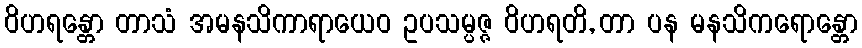
ဝိဟရန္တော တာသံ အမနသိကာရာယေဝ ဥပသမ္ပဇ္ဇ ဝိဟရတိ, တာ ပန မနသိကရောန္တော